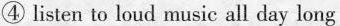
④ listen to loud music all day long